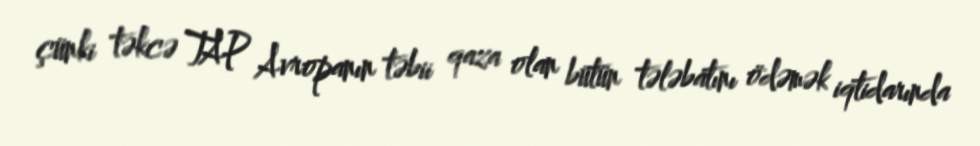
çünki təkcə TAP Avropanın təbii qaza olan bütün tələbatını ödəmək iqtidarında